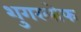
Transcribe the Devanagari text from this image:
शुगरलोफ